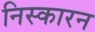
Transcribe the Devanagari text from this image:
निस्कारन